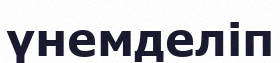
үнемделіп